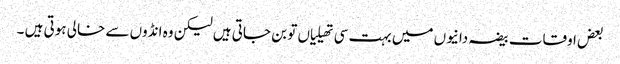
بعض اوقات بیضہ دانیوں میں بہت سی تھیلیاں تو بن جاتی ہیں لیکن وہ انڈوں سے خالی ہوتی ہیں ۔